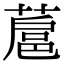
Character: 蔰